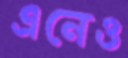
এনেও